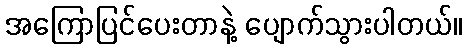
အကြောပြင်ပေးတာနဲ့ ပျောက်သွားပါတယ်။